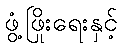
ဖွံ့ဖြိုးရေးနှင့်